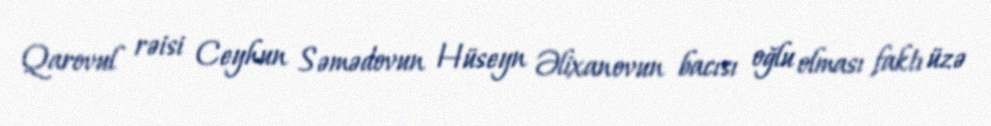
Qarovul rəisi Ceyhun Səmədovun Hüseyn Əlixanovun bacısı oğlu olması faktı üzə